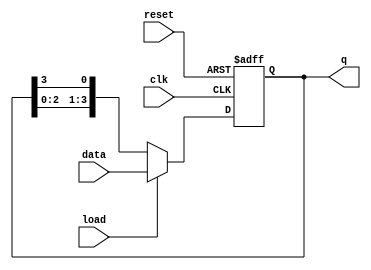
module loadable_ring_counter (
    input wire clk,           // Clock input
    input wire reset,         // Asynchronous reset input
    input wire load,          // Load control signal
    input wire [n-1:0] data,  // Data input for loading
    output reg [n-1:0] q      // Output of the ring counter
);

parameter n = 4; // Number of flip-flops, adjustable for different sizes

always @(posedge clk or posedge reset) begin
    if (reset) begin
        // Reset the counter to 0
        q <= 0;
    end else if (load) begin
        // Load the specified value into the counter
        q <= data;
    end else begin
        // Normal counting operation (ring counter behavior)
        // Shift the output to the next position in the ring
        q <= {q[n-2:0], q[n-1]}; // Shift left, wrap around last FF to first
    end
end

endmodule